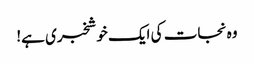
وہ نجات کی ایک خوشخبری ہے!